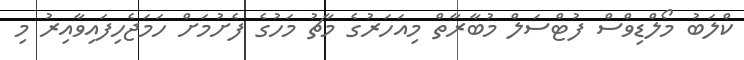
ކްލަބު މޯލްޑިވްސް ފުޓްސަލް މުބާރާތް މިއަހަރުގެ މާޗު މަހުގެ ފެށުމަށް ހަމަޖެހިފައިވާއިރު މި